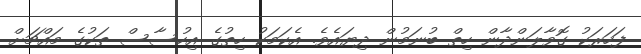
ފަހަރަކު ގޮވާލަންދާން ހިތް ބުނަމުން ދިޔައެވެ. އެކަމަކު ހިތުގެ އިހުސާސް ތަކުގެ މައްޗަށް